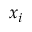
x _ { i }